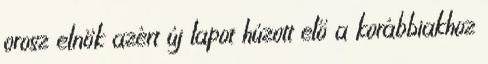
orosz elnök azért új lapot húzott elő a korábbiakhoz